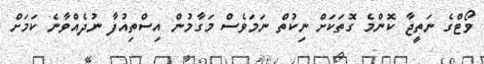
ވޯޓްގެ ނަތީޖާ ކޮންމެ ގޮތަކަށް ނިކުތް ނަމަވެސް މަގާމުން އިސްތިއުފާ ނުދެއްވާނެ ކަމަށް